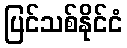
ပြင်သစ်နိုင်ငံ